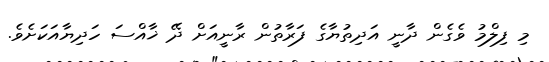
މި ފިލްމު ވެގެން ދާނީ އަދިތުޔާގެ ފަރާތުން ރާނީއަށް ދޭ ޚާއްސަ ހަދިޔާއަކަށެވެ.